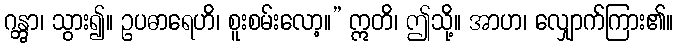
ဂန္တွာ၊ သွား၍။ ဥပဓာရေဟိ၊ စူးစမ်းလော့။” ဣတိ၊ ဤသို့။ အာဟ၊ လျှောက်ကြား၏။